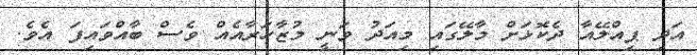
އަދި ޕިއްލޭއާ ދެކޮޅަށް މާލޭގައި މިއަދު ވަނީ މުޒާހަރާއެއް ވެސް ބާއްވައިފަ އެވެ.